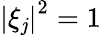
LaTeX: \left|\xi_{\mathit{j}}\right|^{2}=1